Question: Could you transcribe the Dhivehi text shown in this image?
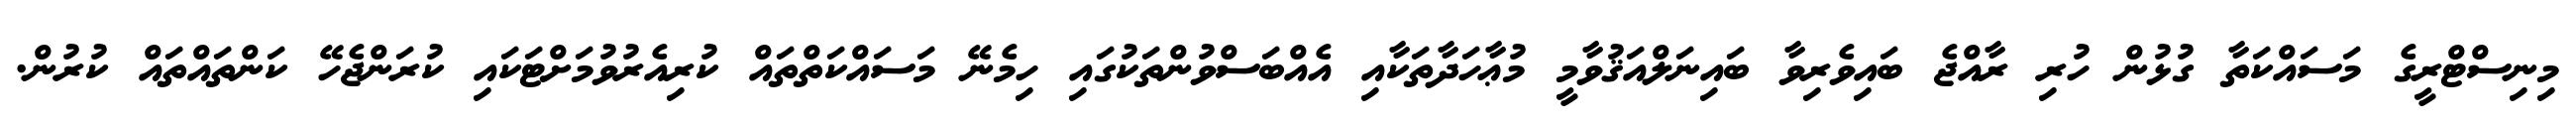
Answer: މިނިސްޓްރީގެ މަސައްކަތާ ގުޅުން ހުރި ރާއްޖެ ބައިވެރިވާ ބައިނަލްއަޤުވާމީ މުޢާހަދާތަކާއި އެއްބަސްވުންތަކުގައި ހިމެނޭ މަސައްކަތްތައް ކުރިއެރުވުމަށްޓަކައި ކުރަންޖެހޭ ކަންތައްތައް ކުރުން.